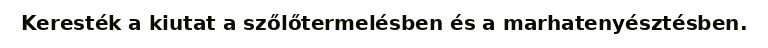
Keresték a kiutat a szőlőtermelésben és a marhatenyésztésben.